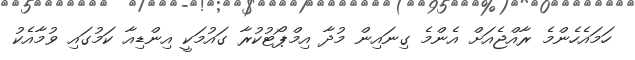
ހަމައެހެންމެ ރާއްޖެއަށް އެންމެ ގިނައިން މުދާ އިމްޕޯޓުކުރާ ގައުމަކީ އިންޑިއާ ކަމުގައި ވުމާއެކު